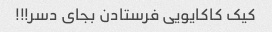
کیک کاکایویی فرستادن بجای دسر!!!